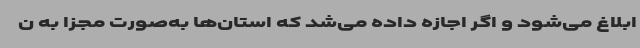
ابلاغ می‌شود و اگر اجازه داده می‌شد که استان‌ها به‌صورت مجزا به ن